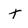
Character: T